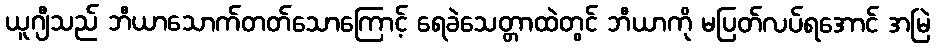
ယူဂျီသည် ဘီယာသောက်တတ်သောကြောင့် ရေခဲသေတ္တာထဲတွင် ဘီယာကို မပြတ်လပ်ရအောင် အမြဲ